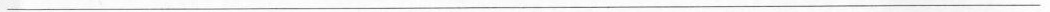
___